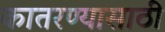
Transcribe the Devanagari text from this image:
कातरण्यासाठी